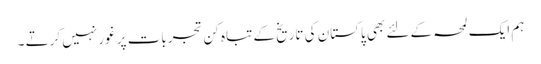
ہم ایک لمحہ کے لئے بھی پاکستان کی تاریخ کے تباہ کن تجربات پر غور نہیں کرتے ۔